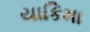
યાકિમા